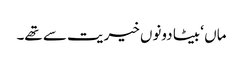
ماں ‘ بیٹا دونوں خیریت سے تھے۔